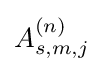
A_{s,m,j}^{(n)}